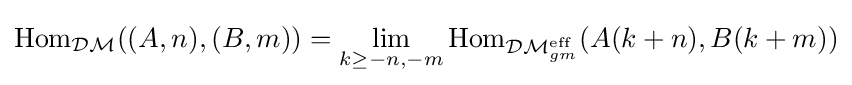
\operatorname {Hom} _{\mathcal {DM}}((A,n),(B,m))=\lim _{k\geq -n,-m}\operatorname {Hom} _{{\mathcal {DM}}_{gm}^{\operatorname {eff} }}(A(k+n),B(k+m))